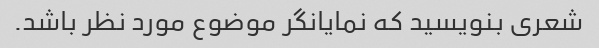
شعری بنویسید که نمایانگر موضوع مورد نظر باشد.